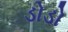
ડોડો